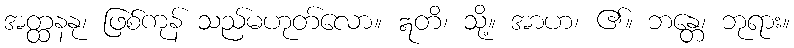
အတ္ထနနု၊ ဖြစ်ကုန် သည်မဟုတ်လော။ ဣတိ၊ သို့။ အာဟ၊ ၏။ ဘန္တေ၊ ဘုရား။